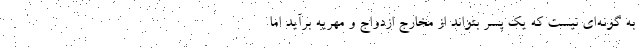
به گونه‌ای نیست که یک پسر بتواند از مخارج ازدواج و مهریه برآید اما